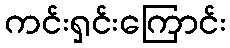
ကင်းရှင်းကြောင်း